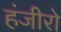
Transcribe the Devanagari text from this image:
हंजीरो